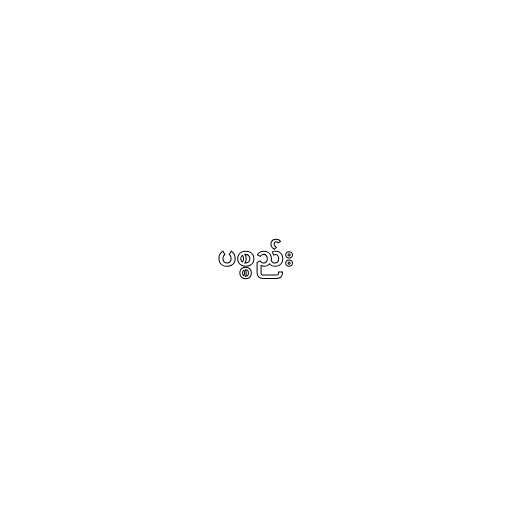
ပစ္စည်း